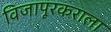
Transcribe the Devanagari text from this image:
विजापूरकराला